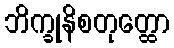
ဘိက္ခုနိစတုတ္ထော